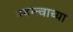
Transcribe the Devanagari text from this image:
महत्त्त्वाच्या